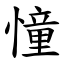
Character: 憧